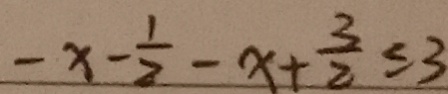
- x - \frac { 1 } { 2 } - x + \frac { 3 } { 2 } \leq 3